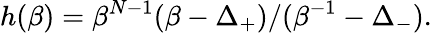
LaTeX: h(\beta)=\beta^{N-1}(\beta-\Delta_{+})/(\beta^{-1}-\Delta_{-}).